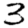
Digit: 3